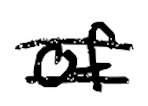
Text: of
Cross-out: double-line
Writing tool: digital_black